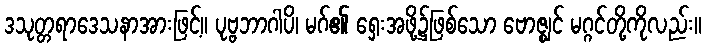
ဒသုတ္တရာဒေသနာအားဖြင့်။ ပုဗ္ဗဘာဂါပိ၊ မဂ်၏ ရှေးအဖို့၌ဖြစ်သော ဗောဇ္ဈင် မဂ္ဂင်တို့ကိုလည်း။